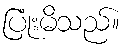
ပြုံးမိသည်။